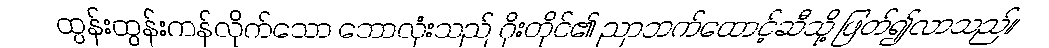
ထွန်းထွန်းကန်လိုက်သော ဘောလုံးသည် ဂိုးတိုင်၏ ညာဘက်ထောင့်ဆီသို့ ဖြတ်၍လာသည်။